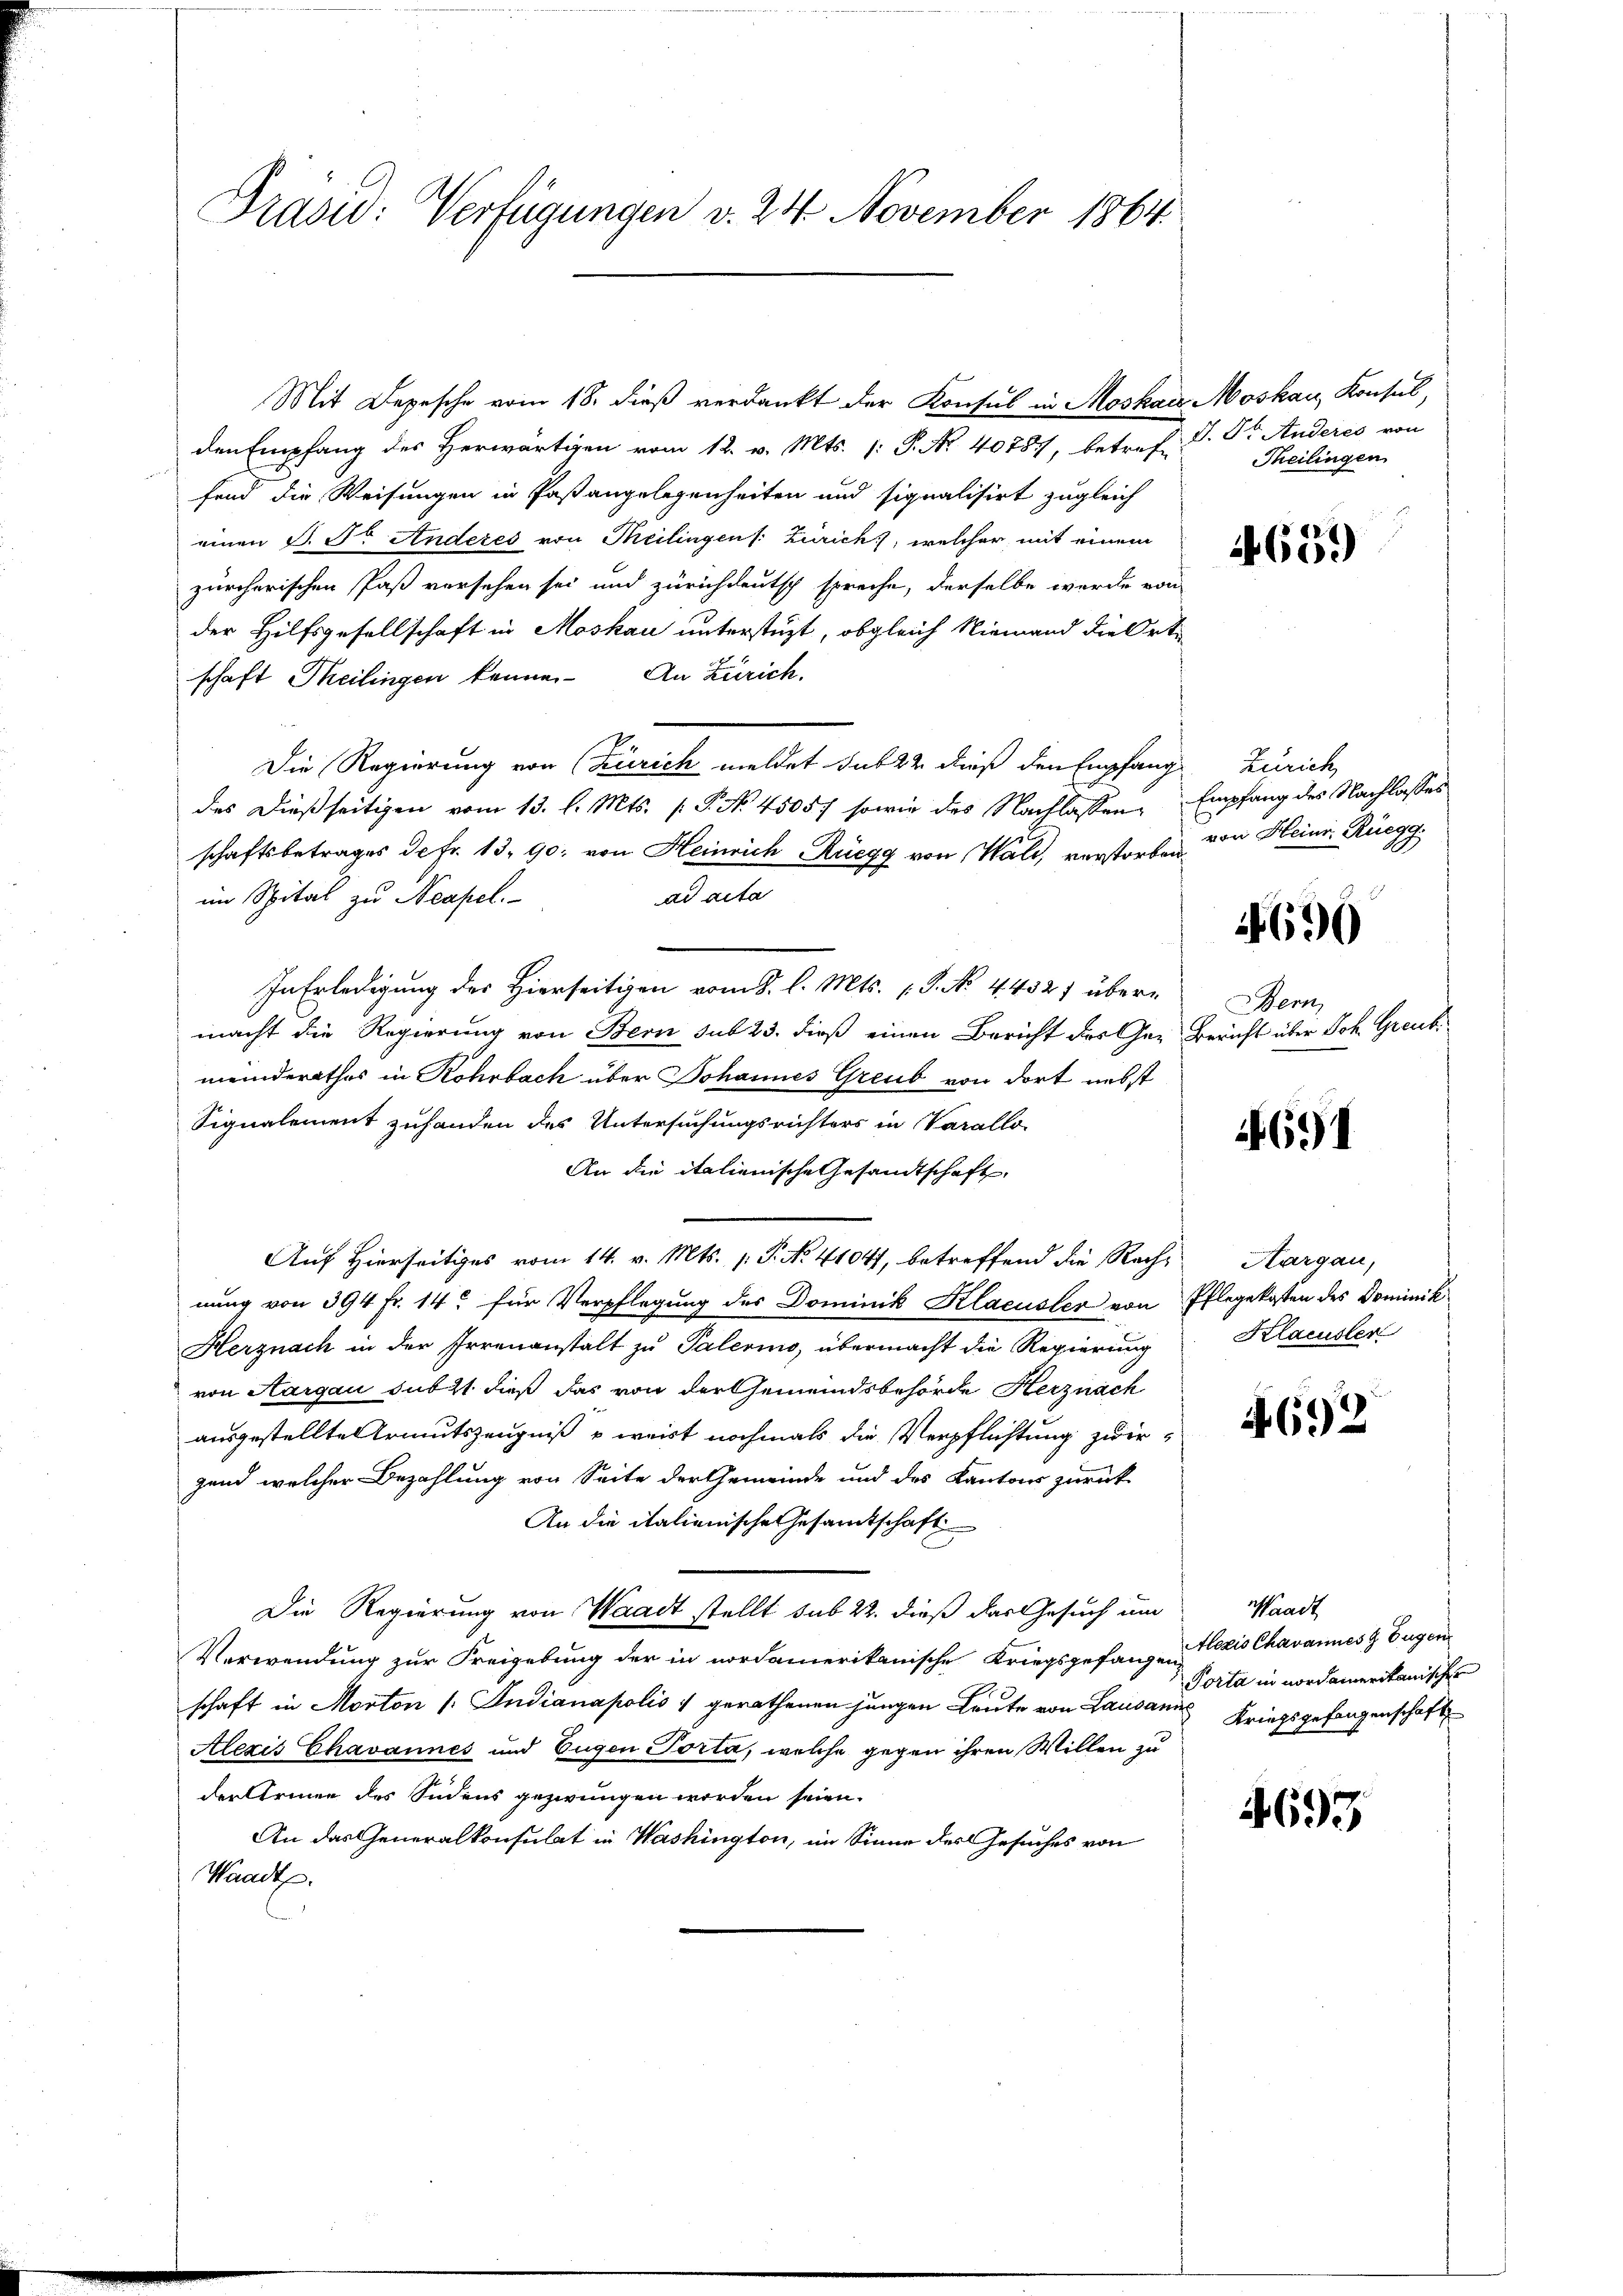
Präsid: Verfügungen v. 24. November 1864.

Mit Depesche vom 18. dieß verdankt der Konsul in Moskau Moskau, Konsul,
den Empfang des Herwärtigen vom 12. v. Mts. (: P. No. 40787, betref-
fend die Weisungen in Pastangelegenheiten und siqualisirt zugleich
einen S. Fr. Anderes von Meilingen /: Zürich), welcher mit einem
zürcherischen Paß versehen sei und zürichdeutsch spreche, derselbe werde von
der Hilfsgesellschaft in Moskau unterstüzt, obgleich Niemand die Ort
schaft Theilingen kenne. An Zürich.
Die Regierung von Zürich meldet sub 22 dieß den Empfang Zürich,
des dießseitigen vom 13. l. Mts. (T. No. 4505) sowie des Nachlassen
schaftsbetrages de fr. 13. 90. von Heinrich Rüegg von Wald, verstorben von Heinr. Rüegg
ad acta
im Spital zu Neapel.
In Erledigung des Hierseitigen vom 8. l. Mts. 1. P. No. 4432) über-
macht die Regierung von Bern sub 23. dieß einen Bericht des Gemeinderathes in Rohrbach über Johannes Greub von dort nebst
Signalement zuhanden des Untersuchungsrichters in Varallo-
An die italienische Gesandtschaft
Auf Hierseitiges vom 14. v. Mts. 1. P. No. 41047, betreffend die Recht Aargau,
nung von 394 Fr. 14. für Verpflegung des Dominik Klacuster von Pflegekosten des Dominik
Herznach in der Irrenanstalt zu Palerino, übermacht die Regierung
von Aargau subst dieß das von der Gemeindsbehörde Herznach
ausgestellte Armutszeugniß & weist nochmals die Verpflichtung zwirgend welcher Bezahlung von Seite der Gemeinde und des Kantons zurück
An die italienische Gesamtschaft
Die Regierung von Waadt stellt sub 22. dieß das Gesuch um
Verwendung zur Freigebung der in nordamerikanische Kriegsgefang des Chavannes & Eugen
schaft in Morton (: Indianapolis 1 gerathenen jungen Leute von Lausann Kriegsgefangenschaft
Alezis Chavannes und Eugen Porta, welche gegen ihren Willen zu
der Armen des Indens gezwungen worden seien.
An das Generalkonsulat in Washington, im Sinne des Gesuches von
Waadt.

J. J. Anderes von
Theilingen

4659

Empfang des Nachlasses

1696

Bern
Bericht über Joh. Graub¬

691

Klacusler

4692

Waadt
Porta in nordamerikanischer

4695